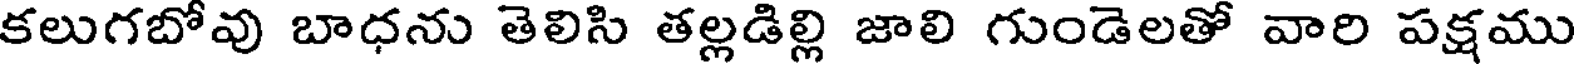
కలుగబోవు బాధను తెలిసి తల్లడిల్లి జాలి గుండెలతో వారి పక్షము